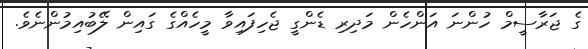
ގެ ޖަރާސީމް ހުންނަ އަންހެން މަދިރި ޑެންގީ ޖެހިފައިވާ މީހެއްގެ ގައިން ލޭބުއިމުންނެވެ.